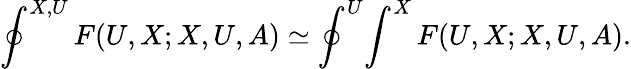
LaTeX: \oint^{X,U}F(U,X;X,U,A)\simeq\oint^{U}\! \int^{X}F(U,X;X,U,A).